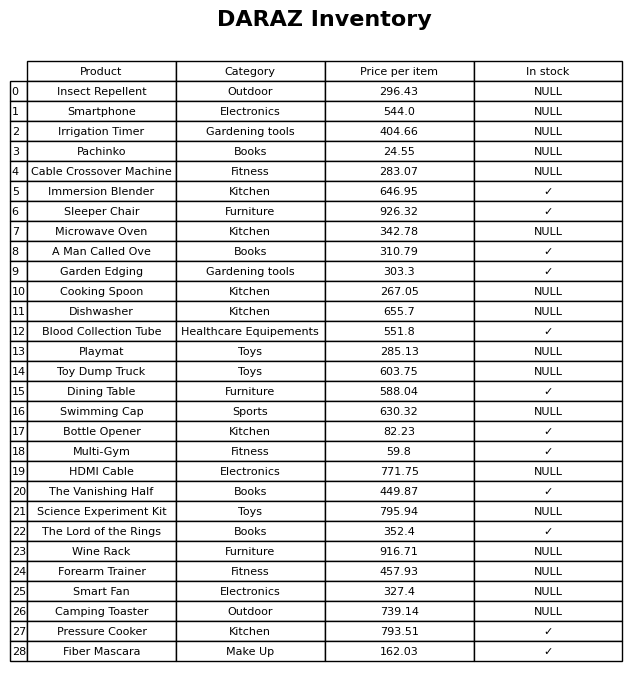
question: What is the price for HDMI Cable?
answer: The price of HDMI Cable is 771.75.